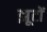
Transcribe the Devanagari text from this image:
झूटों